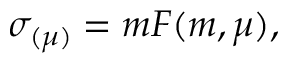
\sigma _ { ( \mu ) } = m F ( m , \mu ) ,